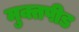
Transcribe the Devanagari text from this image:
मुक्तपीड